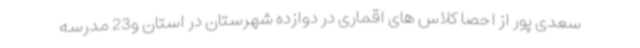
سعدی پور از احصا کلاس های اقماری در دوازده شهرستان در استان و23 مدرسه